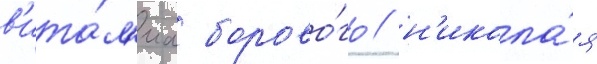
в'ита́л'иа борово́го / н'икола́я